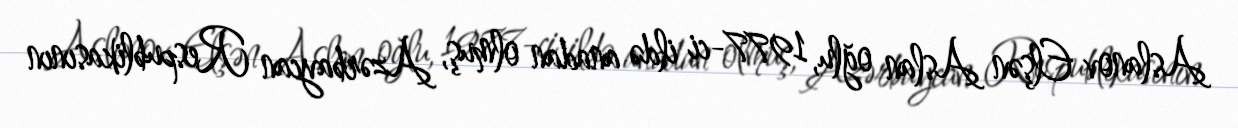
Aslanov Elşən Aslan oğlu, 1977-ci ildə anadan olmuş, Azərbaycan Respublikasının